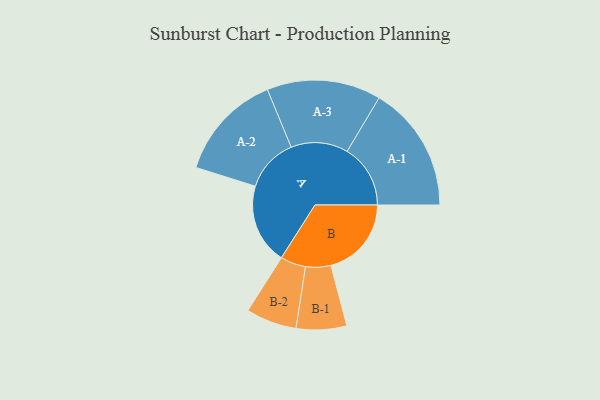
{"axis": {"x": "Segment", "y": "Value"}, "legend": ["", "A", "B"], "data": [{"x": "A", "y": 373, "type": ""}, {"x": "B", "y": 374, "type": ""}, {"x": "A-1", "y": 294, "type": "A"}, {"x": "A-2", "y": 249, "type": "A"}, {"x": "A-3", "y": 265, "type": "A"}, {"x": "B-1", "y": 117, "type": "B"}, {"x": "B-2", "y": 118, "type": "B"}]}